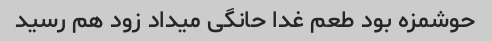
حوشمزه بود طعم غدا حانگی میداد زود هم رسید